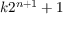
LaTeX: k 2 ^ { n + 1 } + 1